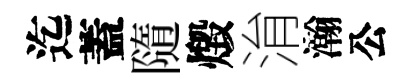
迄蓋隨燬㳙瀚公